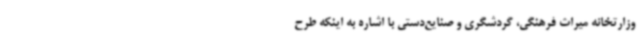
وزارتخانه میراث فرهنگی، گردشگری و صنایع‌دستی با اشاره به اینکه طرح